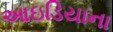
આઇડિયાના